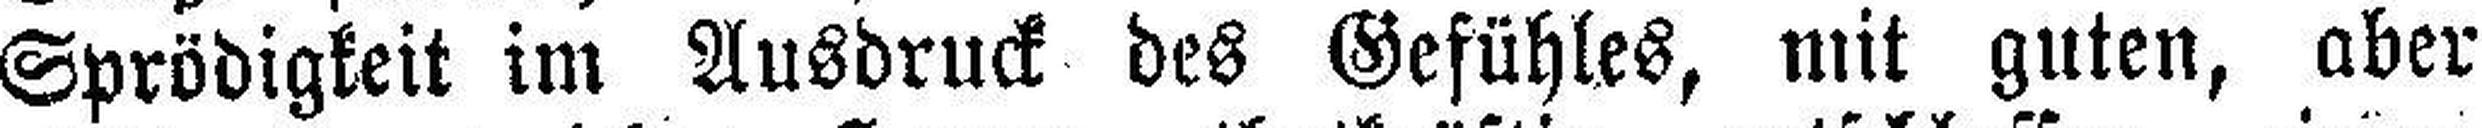
Sprödigkeit im Ausdruck des Gefühles, mit guten, aber